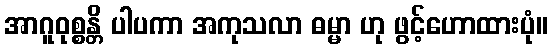
အာဂူဝုစ္စန္တိ ပါပကာ အကုသလာ ဓမ္မာ ဟု ဖွင့်ဟောထားပုံ။